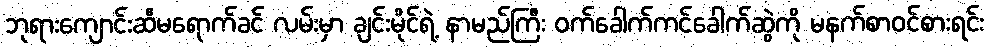
ဘုရားကျောင်းဆီမရောက်ခင် လမ်းမှာ ချင်းမိုင်ရဲ့ နာမည်ကြီး ဝက်ခေါက်ကင်ခေါက်ဆွဲကို မနက်စာဝင်စားရင်း